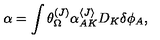
\alpha = \int \theta _ { \Omega } ^ { ( J ) } \alpha _ { A K } ^ { \langle J \rangle } D _ { K } \delta \phi _ { A } ,